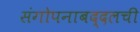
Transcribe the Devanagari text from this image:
संगोपनाबद्दलची